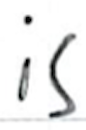
Text: is
Cross-out: clean
Writing tool: ballpoint